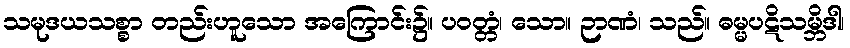
သမုဒယသစ္စာ တည်းဟူသော အကြောင်း၌။ ပဝတ္တံ၊ သော။ ဉာဏံ၊ သည်။ ဓမ္မပဋိသမ္ဘိဒါ၊